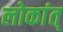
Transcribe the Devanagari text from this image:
लोकांत्‌